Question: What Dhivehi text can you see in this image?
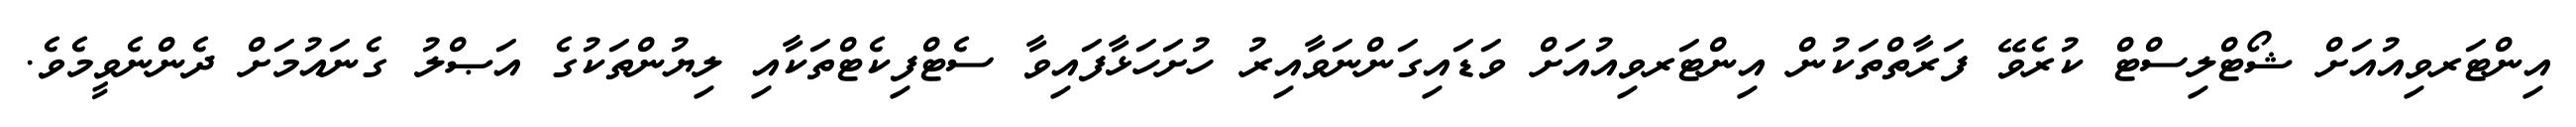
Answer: އިންޓަރވިއުއަށް ޝޯޓްލިސްޓް ކުރެވޭ ފަރާތްތަކުން އިންޓަރވިއުއަށް ވަޑައިގަންނަވާއިރު ހުށަހަޅާފައިވާ ސެޓްފިކެޓްތަކާއި ލިޔުންތަކުގެ އަޞްލު ގެނައުމަށް ދެންނެވީމެވެ.